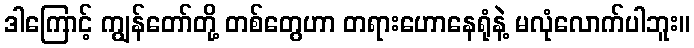
ဒါကြောင့် ကျွန်တော်တို့ တစ်တွေဟာ တရားဟောနေရုံနဲ့ မလုံလောက်ပါဘူး။